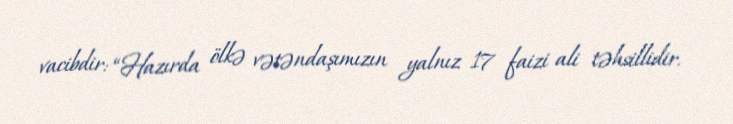
vacibdir: “Hazırda ölkə vətəndaşımızın yalnız 17 faizi ali təhsillidir.